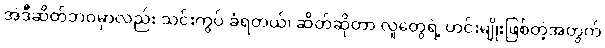
အဲဒီဆိတ်ဘဝမှာလည်း သင်းကွပ် ခံရတယ်၊ ဆိတ်ဆိုတာ လူတွေရဲ့ ဟင်းမျိုးဖြစ်တဲ့အတွက်